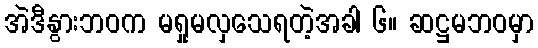
အဲဒီနွားဘဝက မရှုမလှသေရတဲ့အခါ ၆။ ဆဋ္ဌမဘဝမှာ